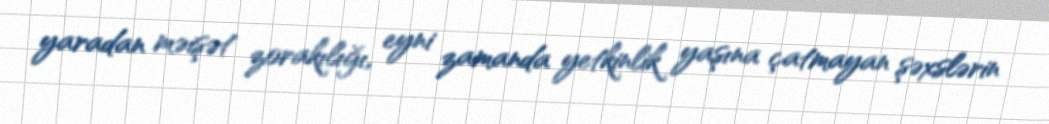
yaradan məişət zorakılığı, eyni zamanda yetkinlik yaşına çatmayan şəxslərin